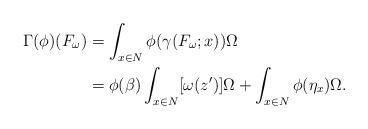
LaTeX: \begin{align*}\Gamma (\phi)(F_{\omega})&=\int _{x\in N} \phi (\gamma (F_{\omega}; x))\Omega \\&=\phi (\beta)\int _{x\in N}[\omega (z')]\Omega +\int _{x\in N} \phi(\eta_{x})\Omega .\end{align*}